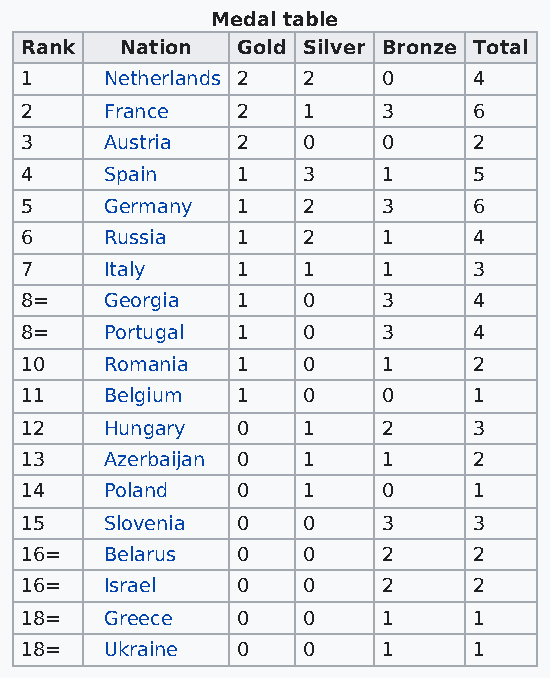
Medal table
 Rank   Nation  Gold Silver Bronze Total
 1     Netherlands 2 2   0     4
 2     France   2   1    3     6
 3     Austria  2   0    0     2
 4     Spain    1   3    1     5
 5     Germany  1   2    3     6
 6     Russia   1   2    1     4
 7     Italy    1   1    1     3
 8=    Georgia  1   0    3     4
 8=    Portugal 1   0    3     4
 10    Romania  1   0    1     2
 11    Belgium  1   0    0     1
 12    Hungary  0   1    2     3
 13    Azerbaijan 0 1    1     2
 14    Poland   0   1    0     1
 15    Slovenia 0   0    3     3
 16=   Belarus  0   0    2     2
 16=   Israel   0   0    2     2
 18=   Greece   0   0    1     1
 18=   Ukraine  0   0    1     1